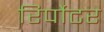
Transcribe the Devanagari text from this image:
रिर्पोटर